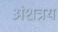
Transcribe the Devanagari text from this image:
अंशत्रय